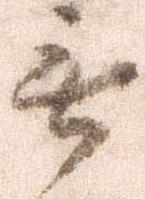
無